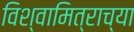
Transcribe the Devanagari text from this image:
विश्वामित्राच्या